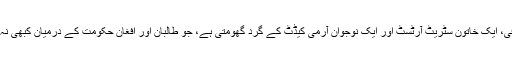
شہزاد نے بتایا کہ فلم کی کہانی ایک صحافی، ایک خاتون سٹریٹ آرٹسٹ اور ایک نوجوان آرمی کیڈٹ کے گرد گھومتی ہے، جو طالبان اور افغان حکومت کے درمیان کبھی نہ ختم ہونے والی جنگ میں پھنس جاتے ہیں۔